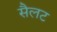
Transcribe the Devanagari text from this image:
सैलट